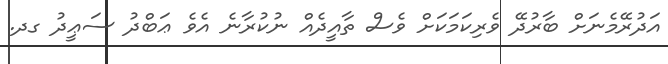
އަދުރޭމެނަށް ބާރުދޭ ވެރިކަމަކަށް ވެސް ތާއީދެއް ނުކުރާނެ އެވެ ޢަބްދު ސަޢީދު ގދ.